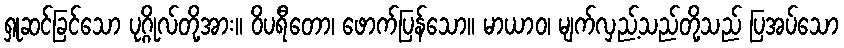
ရှုဆင်ခြင်သော ပုဂ္ဂိုလ်တို့အား။ ဝိပရီတော၊ ဖောက်ပြန်သော။ မာယာဝ၊ မျက်လှည့်သည်တို့သည် ပြအပ်သော